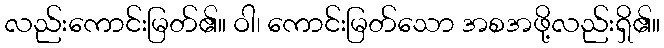
လည်းကောင်းမြတ်၏။ ဝါ၊ ကောင်းမြတ်သော အစအဖို့လည်းရှိ၏။